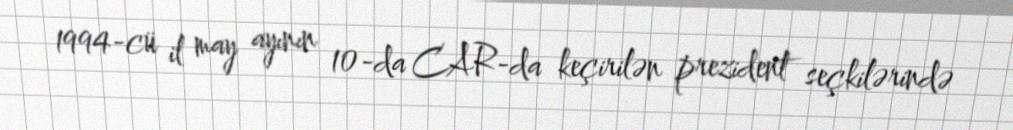
1994-cü il may ayının 10-da CAR-da keçirilən prezident seçkilərində